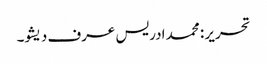
تحریر : محمد ادریس عرف دیشو۔